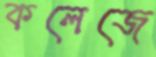
কলেজে